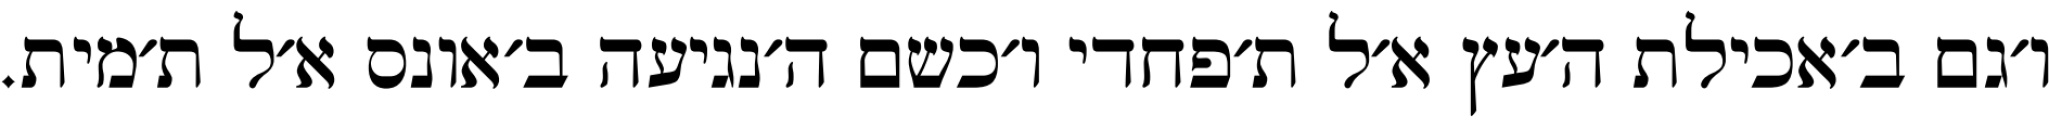
ו׳גם ב׳אכילת ה׳עץ א׳ל ת׳פחדי ו׳כשם ה׳נגיעה ב׳אונס א׳ל ת׳מית.